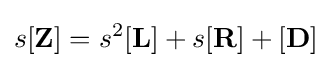
s\mathbf {[Z]} =s^{2}\mathbf {[L]} +s\mathbf {[R]} +\mathbf {[D]}